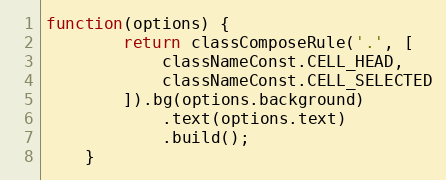
Language: JavaScript
function(options) {
        return classComposeRule('.', [
            classNameConst.CELL_HEAD,
            classNameConst.CELL_SELECTED
        ]).bg(options.background)
            .text(options.text)
            .build();
    }